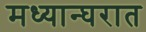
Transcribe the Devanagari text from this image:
मध्यान्घरात